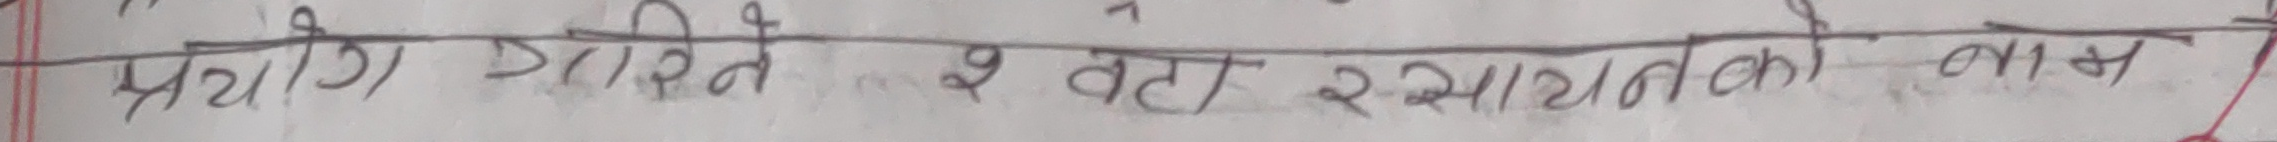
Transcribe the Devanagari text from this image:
प्रयाग गरिते १ वटा रसायनको नाम